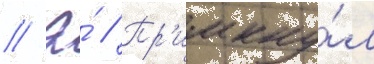
// Э́ // Пр'имкну́л